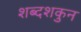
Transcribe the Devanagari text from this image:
शब्दशकुन